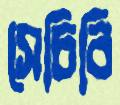
সেচিবি